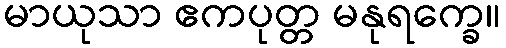
မာယုသာ ဧကပုတ္တ မနုရက္ခေ။